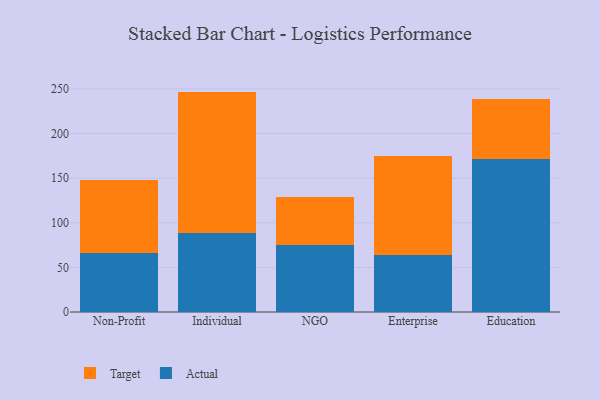
{"axis": {"x": "Segment", "y": "Operating Costs (USD K)"}, "legend": ["Actual", "Target"], "data": [{"x": "Non-Profit", "y": 66.3, "type": "Actual"}, {"x": "Non-Profit", "y": 82.1, "type": "Target"}, {"x": "Individual", "y": 88.5, "type": "Actual"}, {"x": "Individual", "y": 158.6, "type": "Target"}, {"x": "NGO", "y": 74.7, "type": "Actual"}, {"x": "NGO", "y": 53.8, "type": "Target"}, {"x": "Enterprise", "y": 63.4, "type": "Actual"}, {"x": "Enterprise", "y": 111.6, "type": "Target"}, {"x": "Education", "y": 172.1, "type": "Actual"}, {"x": "Education", "y": 66.7, "type": "Target"}]}